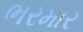
ભરમાર